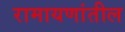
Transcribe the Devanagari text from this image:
रामायणांतील